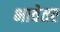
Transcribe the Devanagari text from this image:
भावेतर